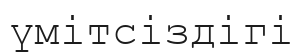
үмітсіздігі